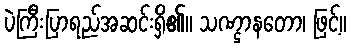
ပဲကြီးပြာရည်အဆင်းရှိ၏။ သဏ္ဌာနတော၊ ဖြင့်။